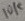
Text: 10K